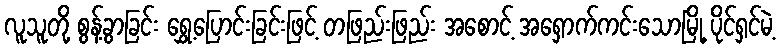
လူသူတို့ စွန့်ခွာခြင်း ရွှေ့ပြောင်းခြင်းဖြင့် တဖြည်းဖြည်း အစောင့် အရှောက်ကင်းသောမြို့ ပိုင်ရှင်မဲ့